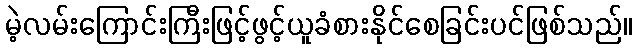
မဲ့လမ်းကြောင်းကြီးဖြင့်ဖွင့်ယူခံစားနိုင်စေခြင်းပင်ဖြစ်သည်။